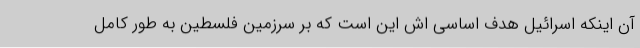
آن اینکه اسرائیل هدف اساسی اش این است که بر سرزمین فلسطین به طور کامل